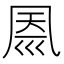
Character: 𠙗